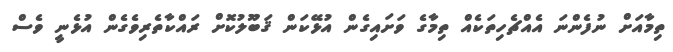
ތިމާއަށް ނުފެންނަ އެއްޗެހިތަކެއް ތިމާގެ ވަށައިގެން އުޅޭކަން ޤަބޫލުކޮށް ރައްކާތެރިވެގެން އުޅެނީ ވެސް